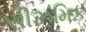
સીઝમિક